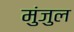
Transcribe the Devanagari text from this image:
मुंजुल